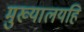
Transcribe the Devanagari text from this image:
मुख्यालयहि